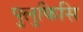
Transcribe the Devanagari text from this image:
पुलुकिसि